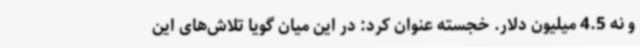
و نه 4.5 میلیون دلار. خجسته عنوان کرد: در این میان گویا تلاش‌های این